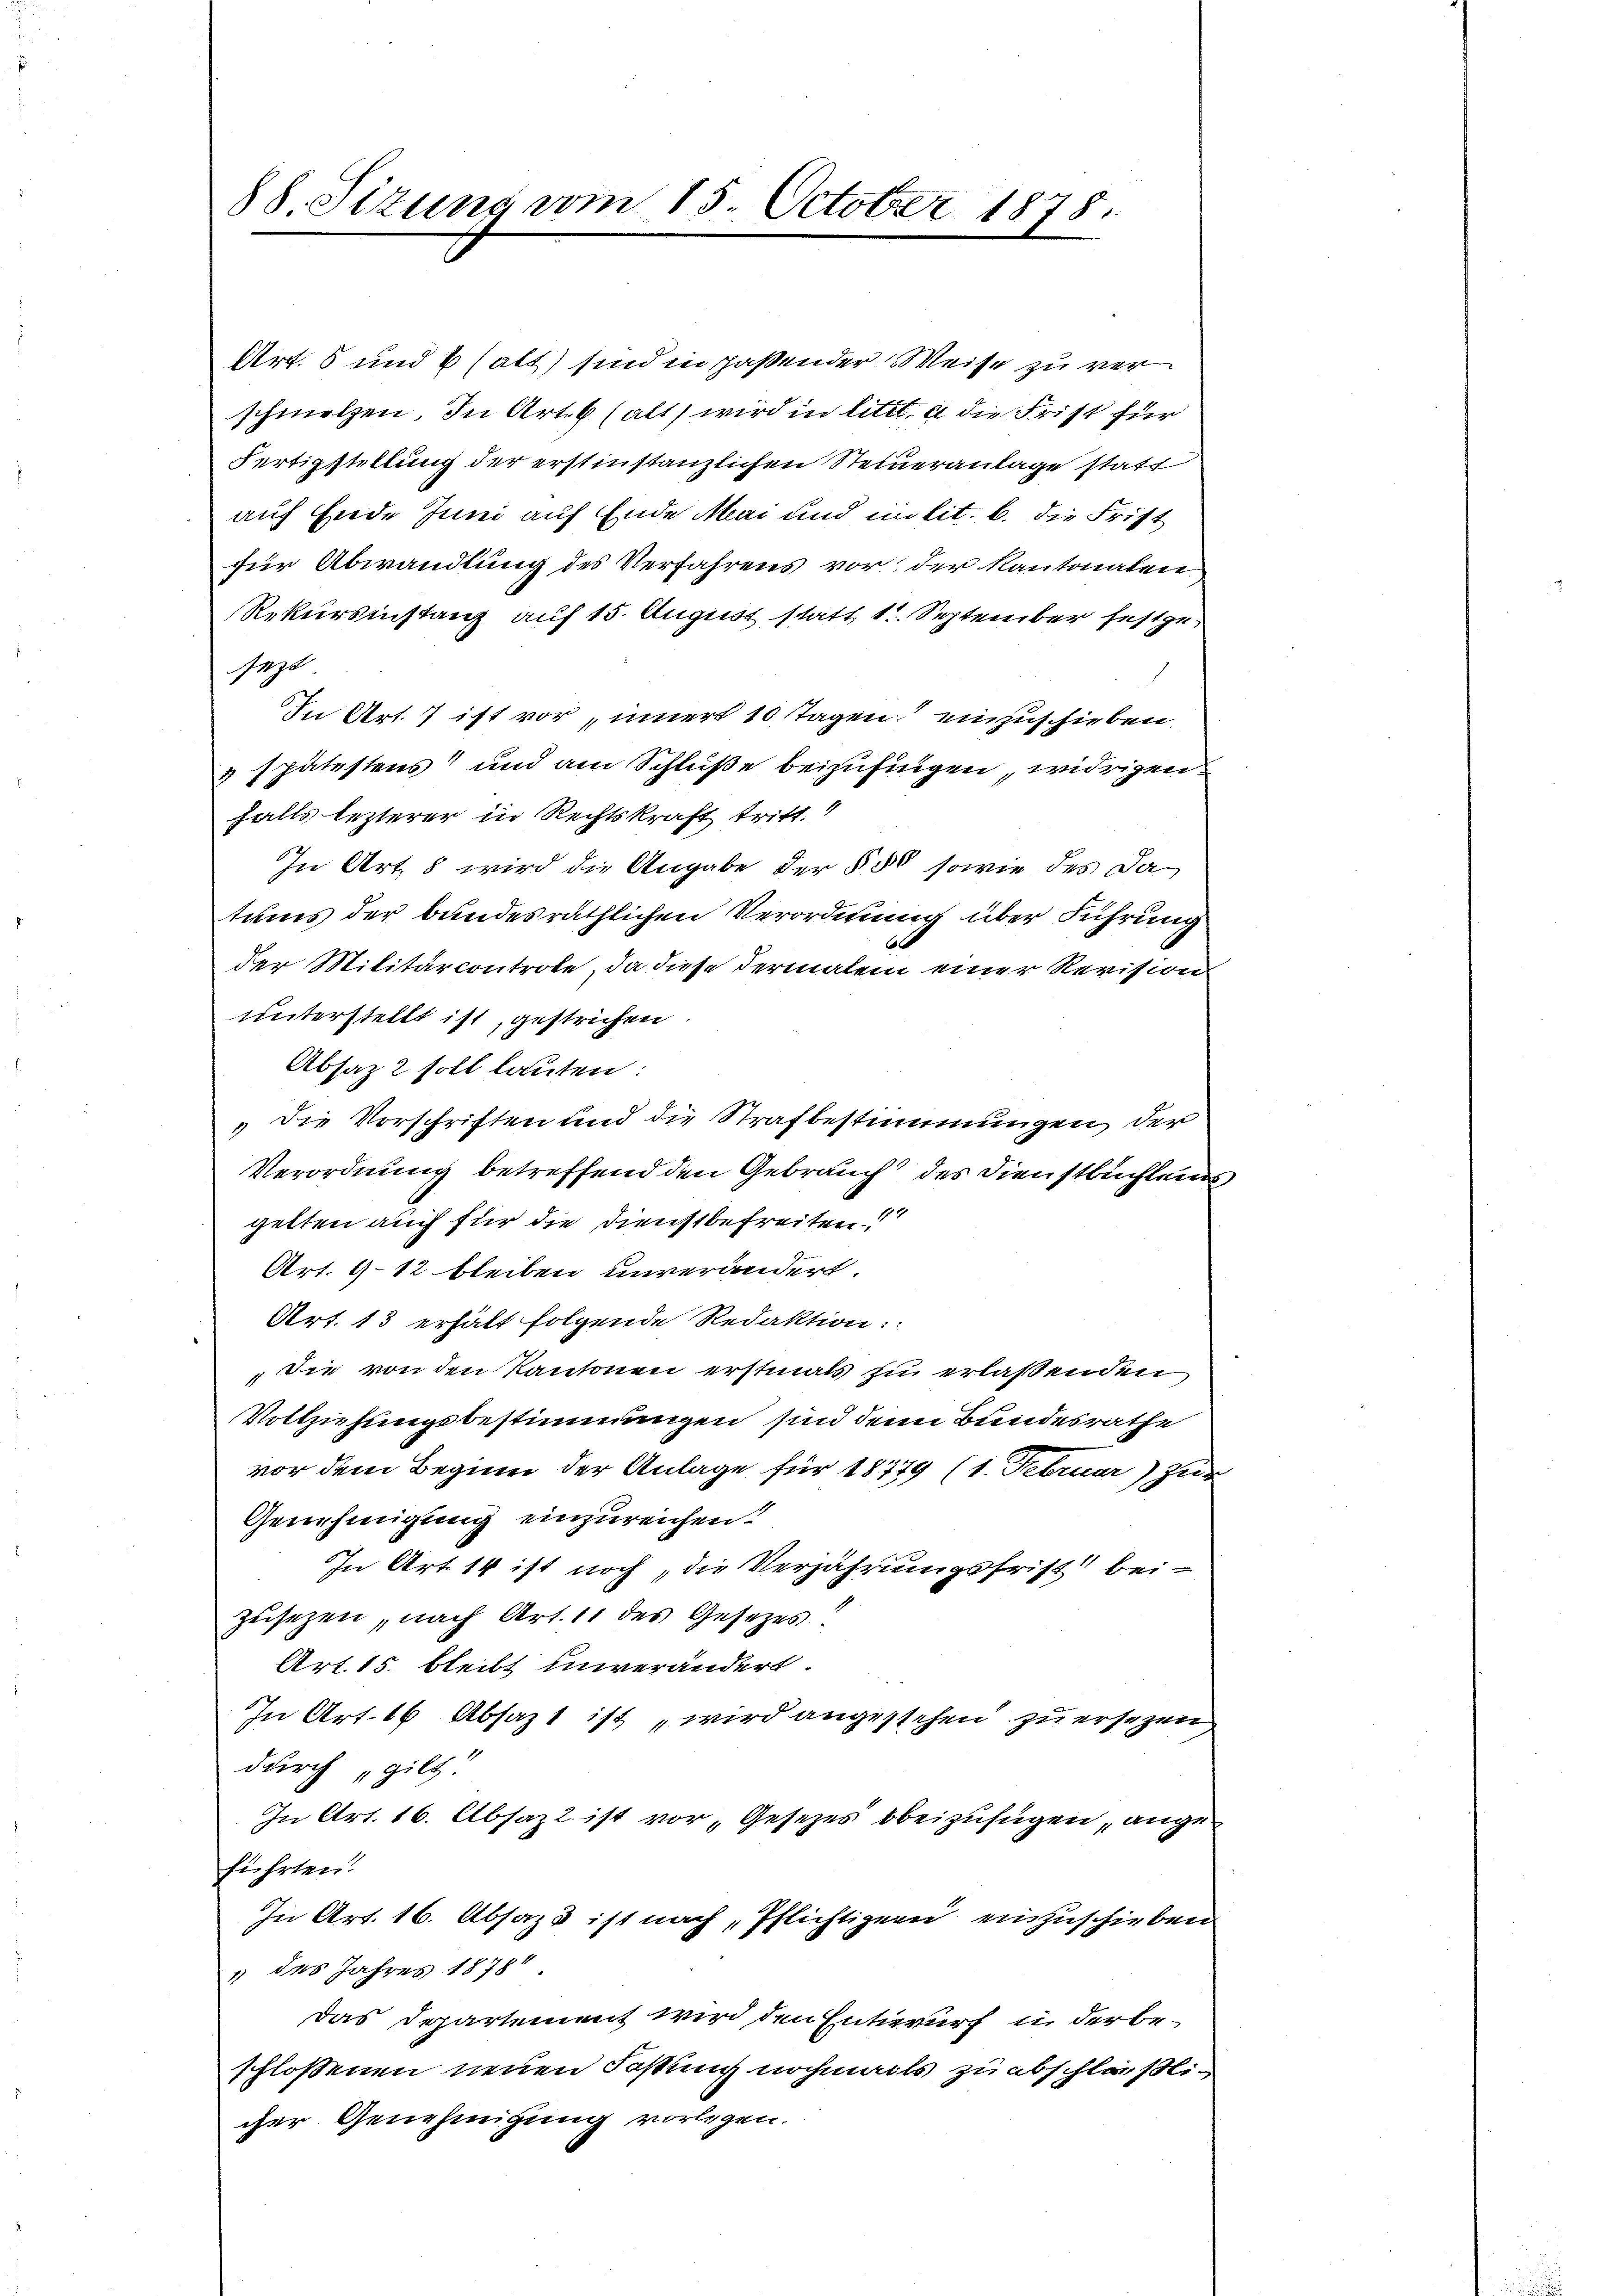
88. Sitzung vom 15. October 1878.

Art. 8 und 6 (alt) sind in paßender Weise zu verschmelzen. In Art. 6 (alt) wird in litt. a die Frist für
Fertigstellung der erstinstanzlichen Steineranlage statt
auf Ende Juni auf Ende Mai und milit. b. die Frist
für Abwandlung des Verfahrens vor der Kantonalen
Rekursinstanz auf 15. August statt 11. September festgesezt.
In Art. 7 ist vor innert 10 Tagen einzuschieben.
& spätestens und am Schluße beizufingen, widrigen
falls lezterer in Rechtskraft tritt. 4
In Art. 8 wird die Angabe der § 50 sowie des Datums der bundesräthlichen Verordnung über Führung
der Militarcontrole, da diese dermalen einer Revision
unterstellt ist, gestrichen
Absatz 2 soll lauten:
die Vorschriften und die Strafbestimmungen, der
Verordnung betreffend den Gebrauch des Dienstbuchlende
gelten auch für die Dienstbefreiten!!
Art. 912 bleiben unverändert.
Art. 13 erhält folgende Redaktion::
Die von den Kantonen erstmals zu erlaßenden
Vollziehungsbestimmungen sind denn Bundesrathe
vor dem Beginn der Anlage für 18779 (1. Februar) zur
Genehmigung einzureichen!
In Art. 14 ist noch, die Verjährungsfrist bei-
Zeisezen, nach Art. 11 des Gesetzes.
Art. 15. bleibt unverändert.
In Art. 16 Absazt ist „wird angestehen zu ersezen
durch gilt
In Art. 16. Absaz2 ist vor Gesetzes beizufügen ange
führten?
In Art. 16. Absazs ist nach, Pflichtigen einzuschieben
" des Jahres 18784
Das Departement wird den Entwurf in der beschlossenen neuen Fastung nochmals zu abschließlicher Genehmigung vorlegen.

6